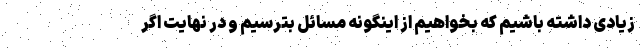
زیادی داشته باشیم که بخواهیم از اینگونه مسائل بترسیم و در نهایت اگر